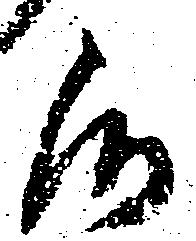
候